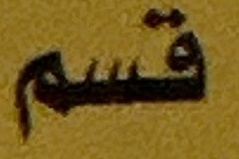
قسم